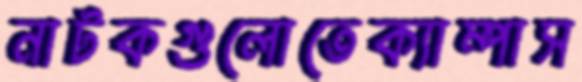
নাটকগুলোতেক্যাম্পাস